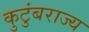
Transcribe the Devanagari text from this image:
कुटुंबराज्य